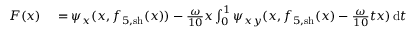
\begin{array} { r l } { F ( x ) } & { { } = \psi _ { x } ( x , f _ { 5 , \mathrm { s h } } ( x ) ) - \frac { \omega } { 1 0 } x \int _ { 0 } ^ { 1 } \psi _ { x y } ( x , f _ { 5 , \mathrm { s h } } ( x ) - \frac { \omega } { 1 0 } t x ) \, \mathrm { d } t } \end{array}